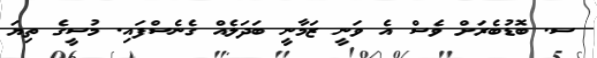
ސ. ބޮޑުބެރަށް ވެސް އެ ވަނީ ޒަމާނީ ބަދަލެއް ގެނެސްފައި. މުސީގެ ތިޔަ